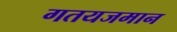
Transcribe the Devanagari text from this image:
गतयजमान